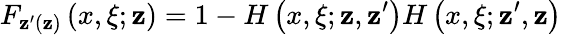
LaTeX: F_{\mathbf{z}^{\prime}(\mathbf{z})}\left(x,\xi;\mathbf{z}\right)=1-H\left(x,\xi;\mathbf{z},\mathbf{z}^{\prime}\right)H\left(x,\xi;\mathbf{z}^{\prime},\mathbf{z}\right)